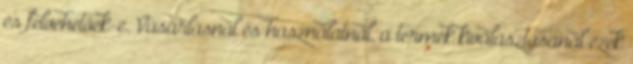
és felvehetőek-e. Vásárlásnál és használatnál, a termék kiválasztásánál ezek